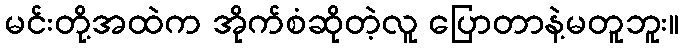
မင်းတို့အထဲက အိုက်စံဆိုတဲ့လူ ပြောတာနဲ့မတူဘူး။